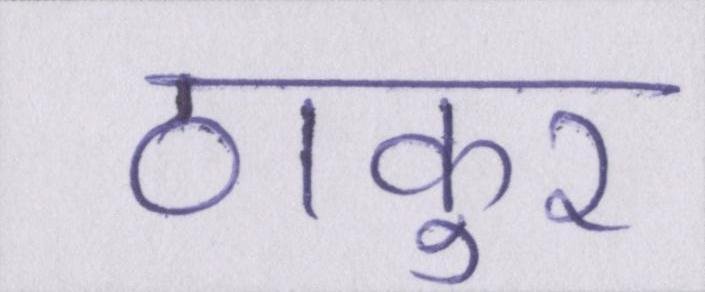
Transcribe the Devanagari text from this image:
ठाकुर